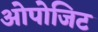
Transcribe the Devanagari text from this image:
ओपोजिट